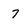
Character: 7